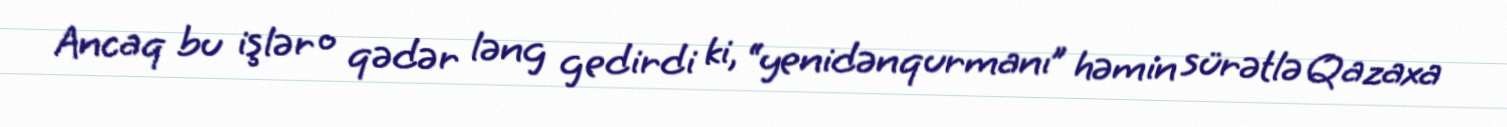
Ancaq bu işlər o qədər ləng gedirdi ki, “yenidənqurmanı” həmin sürətlə Qazaxa